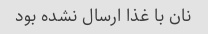
نان با غذا ارسال نشده بود